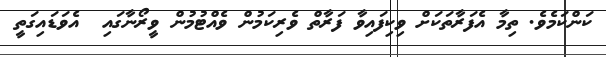
ކަންކަމެވެ. ތިމާ އެފަރާތަކަށް ވިކިފައިވާ ފަރާތް ވެރިކަމުން ވެއްޓުމުން ވީރޯނާގައި  އެވަޑައިގަތީ